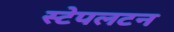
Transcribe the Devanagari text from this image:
स्टेपलटन